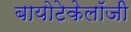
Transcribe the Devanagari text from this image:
बायोटेकेलॉजी